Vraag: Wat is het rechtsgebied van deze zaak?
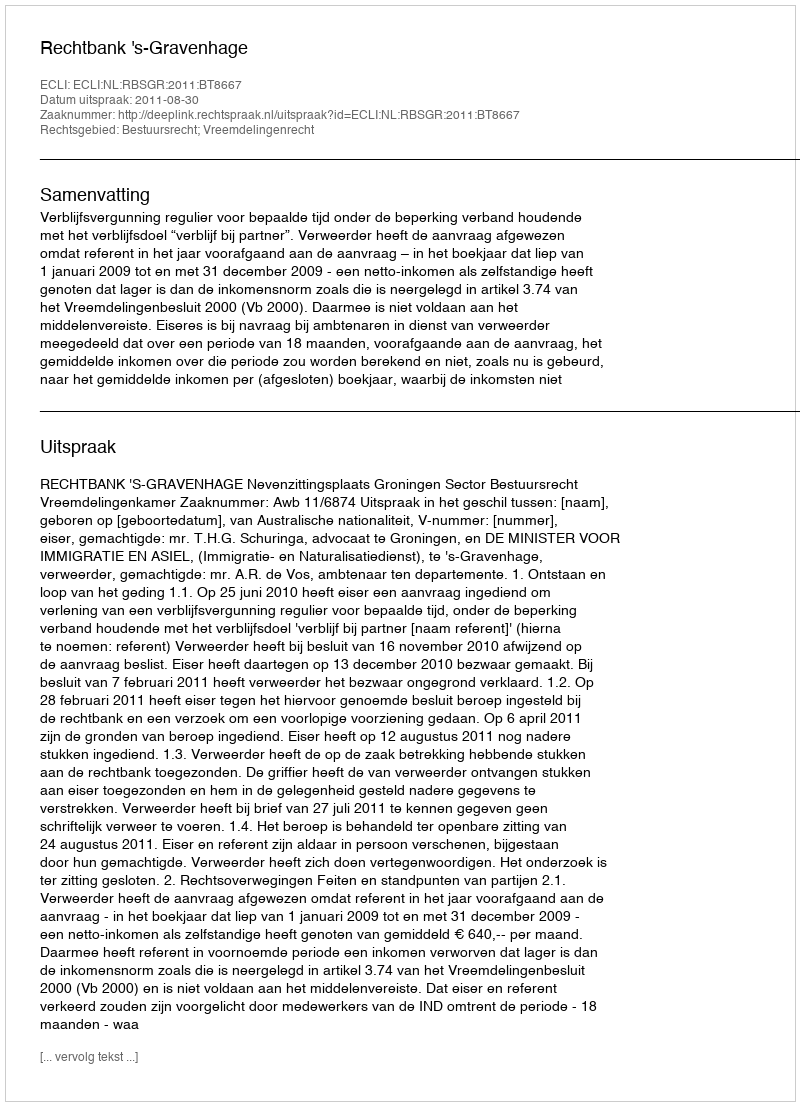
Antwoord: Bestuursrecht; Vreemdelingenrecht